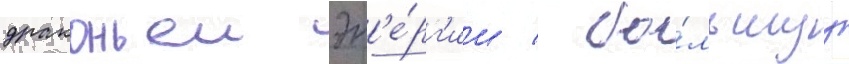
драконьеи эн'е́рг'ии / бо́льшуу